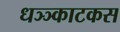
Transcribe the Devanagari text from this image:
धञ्ञ्काटकस